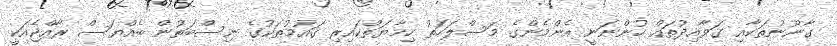
ގާނޫނުތަކާއި ގަވާއިދުތައް ހުންނަނީ އެންމެންގެ މަސްލަހަތު ހިމާޔަތްކައިރި ގައުމުތަކުގެ ނިސްބަތުން ބެއްޔަސް ރާއްޖެއަކީ